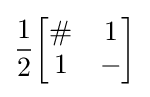
{\frac {1}{2}}{\begin{bmatrix}\#&1\\1&-\end{bmatrix}}